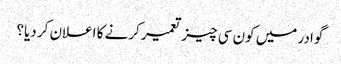
گوادر میں کون سی چیز تعمیر کرنے کا اعلان کر دیا؟